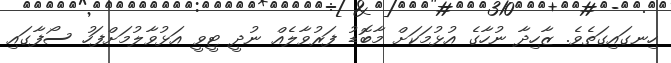
ހިނގައިގަތެވެ. ޒާހިދާ ނުހާގެ އުޅުމަކަށް މާބޮޑު ފަރުވާލެއް ނުދީ ޓީވީ އަޅުވާލުމަށްފަހު ސޯފާގައި